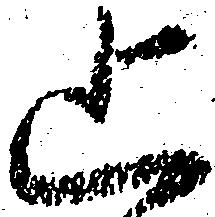
止